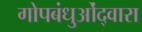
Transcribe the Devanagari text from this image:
गोपबंधुओंद्वारा